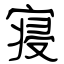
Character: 寝